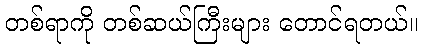
တစ်ရာကို တစ်ဆယ်ကြီးများ တောင်ရတယ်။